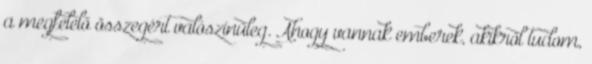
a megfelelő összegért valószínűleg. Ahogy vannak emberek, akikről tudom,